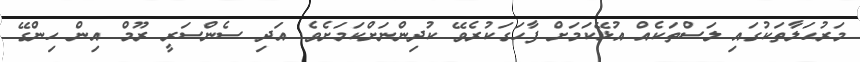
މަރުޙަލާތަކުގައި ލަސްތަކެއް އުޅޭކަމަށް ފާހަގަކުރެވޭ ކުދިންނަށްކަމަށެވެ. އަދި ސެންސަރީ ރޫމް އިން ހިންގޭ